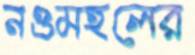
নওমহলের